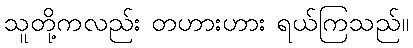
သူတို့ကလည်း တဟားဟား ရယ်ကြသည်။